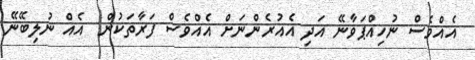
އެއްވެސް ނުހިއްޕަވާނޭ އަދި އެއުރެންނަށް އެއްވެސް ފަރާތަކުން  އެއް ނުލިބޭނޭ